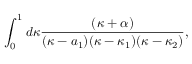
\int _ { 0 } ^ { 1 } d \kappa { \frac { ( \kappa + \alpha ) } { ( \kappa - a _ { 1 } ) ( \kappa - \kappa _ { 1 } ) ( \kappa - \kappa _ { 2 } ) } } ,